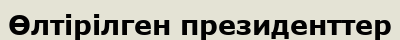
Өлтірілген президенттер